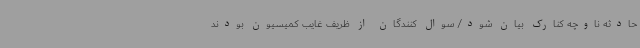
حادثه ناوچه کنارک بیان ‌شود/ سوال کنندگان از ظریف غایب کمیسیون بودند